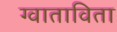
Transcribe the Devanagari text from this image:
ग्वाताविता